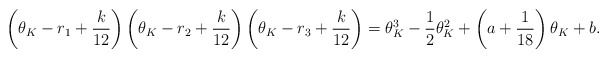
\begin{align*} \left(\theta_K - r_1+\frac{k}{12}\right)\left(\theta_K - r_2+\frac{k}{12}\right)\left(\theta_K - r_3+\frac{k}{12}\right) = \theta_K^3 -\frac{1}{2}\theta_K^2 + \left(a + \frac{1}{18}\right)\theta_K + b.\end{align*}